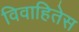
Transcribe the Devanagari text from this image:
विवाहितेस